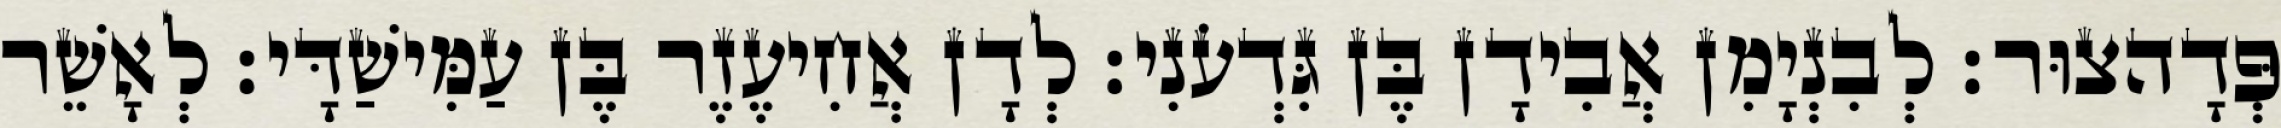
פְּדָהצוּר׃ לְבִנְיָמִן אֲבִידָן בֶּן גִּדְעֹנִי׃ לְדָן אֲחִיעֶזֶר בֶּן עַמִּישַׁדָּי׃ לְאָשֵׁר